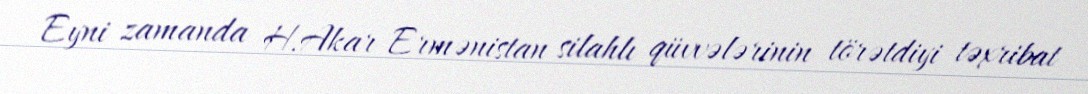
Eyni zamanda H.Akar Ermənistan silahlı qüvvələrinin törətdiyi təxribat